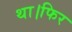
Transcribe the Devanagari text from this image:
था।फिर